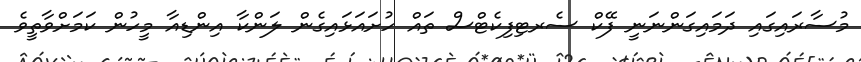
މުސާރައިގައި ދަމައިގަންނަނީ ފޭކް ސެރޓިފިކެޓްސް ތައް ހުށައަޅައިގެން ލަންކާ އިންޑިއާ މީހުން ކަމަށްވާތީވެ